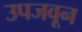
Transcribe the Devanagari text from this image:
उपजवून